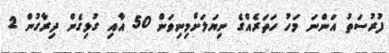
ފުރުސަތު އަންނަ މަހު ހަތަރެއްގެ ނިޔަލަށްމިނިވަން 50 އާއި ގުޅިގެން ދިރާގުން 2